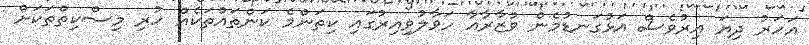
އަހަރު ދިޔަ އިރުވެސް އަޅުގަނޑުމެން ވުޒާރާއާ ހަވާލުވިއިރުގައި ކިތަންމެ ކަންތައްތަކެއް ހުރި މިސްކިތްތަކަށް